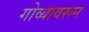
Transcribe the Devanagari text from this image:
गोव्यावरून